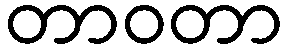
တာဝတာ